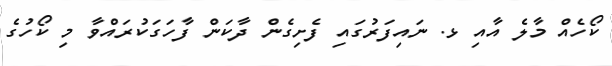
ކޯހެއް މާލެ އާއި ޅ. ނައިފަރުގައި ފެށިގެން ދާކަން ފާހަގަކުރައްވާ މި ކޯހުގެ